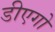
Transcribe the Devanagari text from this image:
डीएगो